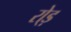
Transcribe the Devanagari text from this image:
रो्ड़